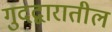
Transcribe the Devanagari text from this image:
गुदद्वारातील